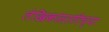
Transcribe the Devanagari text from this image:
लेखिकांसाठीच्या